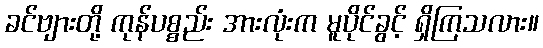
ခင်ဗျားတို့ ကုန်ပစ္စည်း အားလုံးက မူပိုင်ခွင့် ရှိကြသလား။